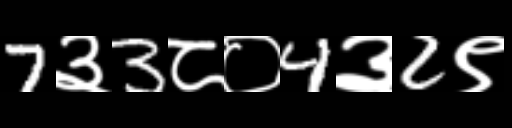
Text: 7३3८०4३2९